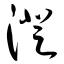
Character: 澄